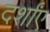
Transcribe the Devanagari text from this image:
दर्शांए